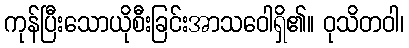
ကုန်ပြီးသောယိုစီးခြင်းအာသဝေါရှိ၏။ ဝုသိတဝါ၊